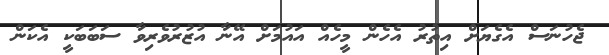
ޖެހުނަސް އެގެޔަށް އިތުރު އެހެން މީހެއް އައުމަށް އޭނާ އުޒުރުވެރިވާ ސަބަބަކީ އެކަން